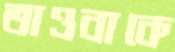
তাওবাকে